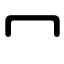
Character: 冖